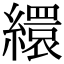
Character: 繯